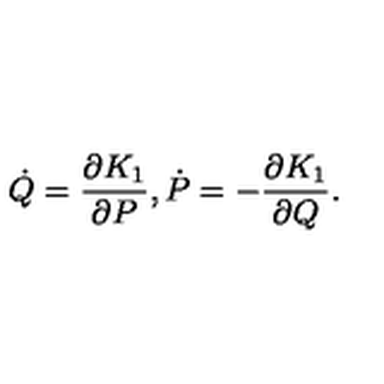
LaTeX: \dot { Q } = \frac { \partial K _ { 1 } } { \partial P } , \dot { P } = - \frac { \partial K _ { 1 } } { \partial Q } .